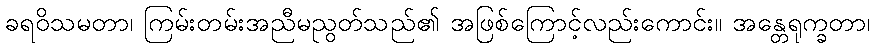
ခရဝိသမတာ၊ ကြမ်းတမ်းအညီမညွတ်သည်၏ အဖြစ်ကြောင့်လည်းကောင်း။ အန္တေရုက္ခတာ၊